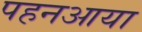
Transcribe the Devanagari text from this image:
पहनआया